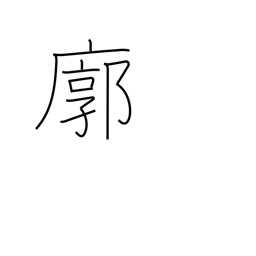
Meaning: quarter